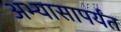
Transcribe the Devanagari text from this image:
अभ्यासापर्यंत